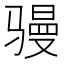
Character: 𮹎